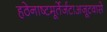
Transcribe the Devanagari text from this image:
हठेनाष्टमूर्तेर्जटाअजूटवासे